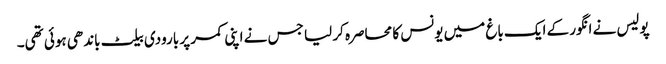
پولیس نے انگور کے ایک باغ میں یونس کا محاصرہ کر لیا جس نے اپنی کمر پر بارودی بیلٹ باندھی ہوئی تھی۔